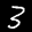
Label: 3